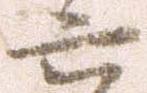
六